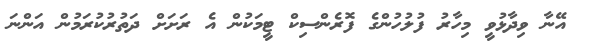
އޭނާ ވިދާޅުވީ މިހާރު ފުލުހުންގެ ފޮރެންސިކް ޓީމަކުން އެ ރަށަށް ދަތުރުކުރަމުން އަންނަ